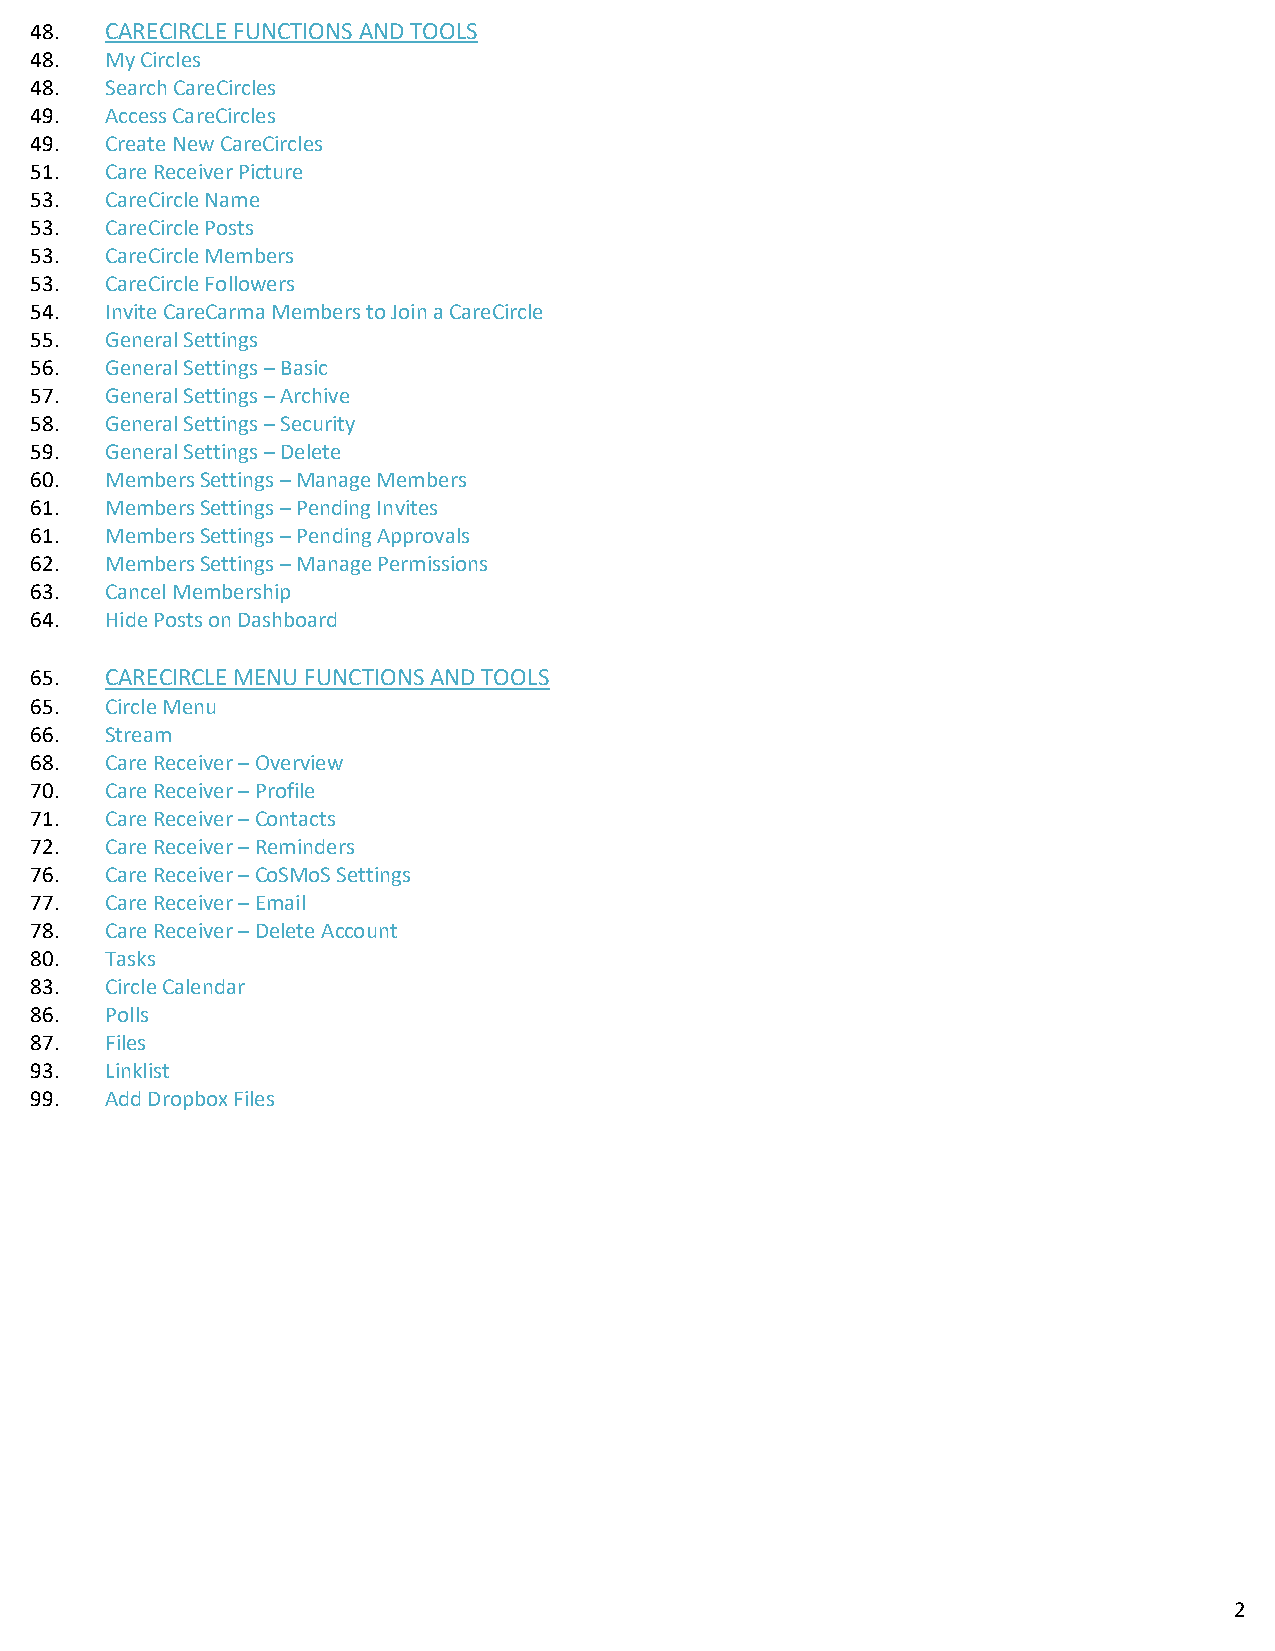
48.  CARECIRCLE FUNCTIONS AND TOOLS
 48.  My Circles
 48.  Search CareCircles
 49.  Access CareCircles
 49.  Create New CareCircles
 51.  Care Receiver Picture
 53.  CareCircle Name
 53.  CareCircle Posts
 53.  CareCircle Members
 53.  CareCircle Followers
 54.  Invite CareCarma Members to Join a CareCircle
 55.  General Settings
 56.  General Settings – Basic
 57.  General Settings – Archive
 58.  General Settings – Security
 59.  General Settings – Delete
 60.  Members Settings – Manage Members
 61.  Members Settings – Pending Invites
 61.  Members Settings – Pending Approvals
 62.  Members Settings – Manage Permissions
 63.  Cancel Membership
 64.  Hide Posts on Dashboard
 65.  CARECIRCLE MENU FUNCTIONS AND TOOLS
 65.  Circle Menu
 66.  Stream
 68.  Care Receiver – Overview
 70.  Care Receiver – Profile
 71.  Care Receiver – Contacts
 72.  Care Receiver – Reminders
 76.  Care Receiver – CoSMoS Settings
 77.  Care Receiver – Email
 78.  Care Receiver – Delete Account
 80.  Tasks
 83.  Circle Calendar
 86.  Polls
 87.  Files
 93.  Linklist
 99.  Add Dropbox Files
 2